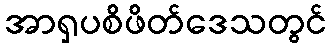
အာရှပစိဖိတ်ဒေသတွင်